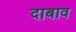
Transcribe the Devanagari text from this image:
दाबाव